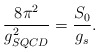
\begin{align*}\frac{8 \pi^2}{g_{SQCD}^2} = \frac{S_0}{g_s}.\end{align*}